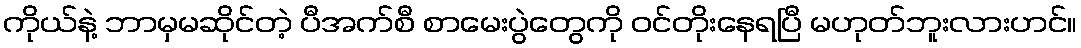
ကိုယ်နဲ့ ဘာမှမဆိုင်တဲ့ ပီအက်စီ စာမေးပွဲတွေကို ဝင်တိုးနေရပြီ မဟုတ်ဘူးလားဟင်။